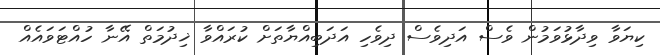
ކިޔަވާ ވިދާޅުވަމުން ވެސް އަދިވެސް ދިވެހި އަދަބިއްޔާތަށް ކުރައްވާ ޚިދުމަތް އޭނާ ހުއްޓަވައެއް